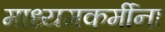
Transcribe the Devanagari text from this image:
माध्यमकर्मीना